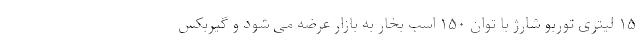
۱۵ لیتری توربو شارژ با توان ۱۵۰ اسب بخار به بازار عرضه می شود و گیربکس